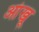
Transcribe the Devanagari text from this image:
आंखू